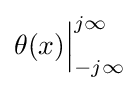
\theta (x){\Big |}_{-j\infty }^{j\infty }